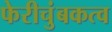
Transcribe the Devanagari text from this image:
फेरीचुंबकत्व